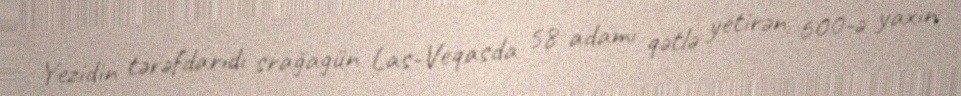
Yezidin tərəfdarıdı srağagün Las-Veqasda 58 adamı qətlə yetirən, 600-ə yaxın